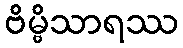
ဗိမ္ဗိသာရဿ